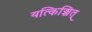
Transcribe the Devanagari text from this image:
यत्किञ्चित्